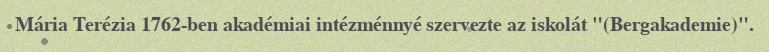
Mária Terézia 1762-ben akadémiai intézménnyé szervezte az iskolát "(Bergakademie)".